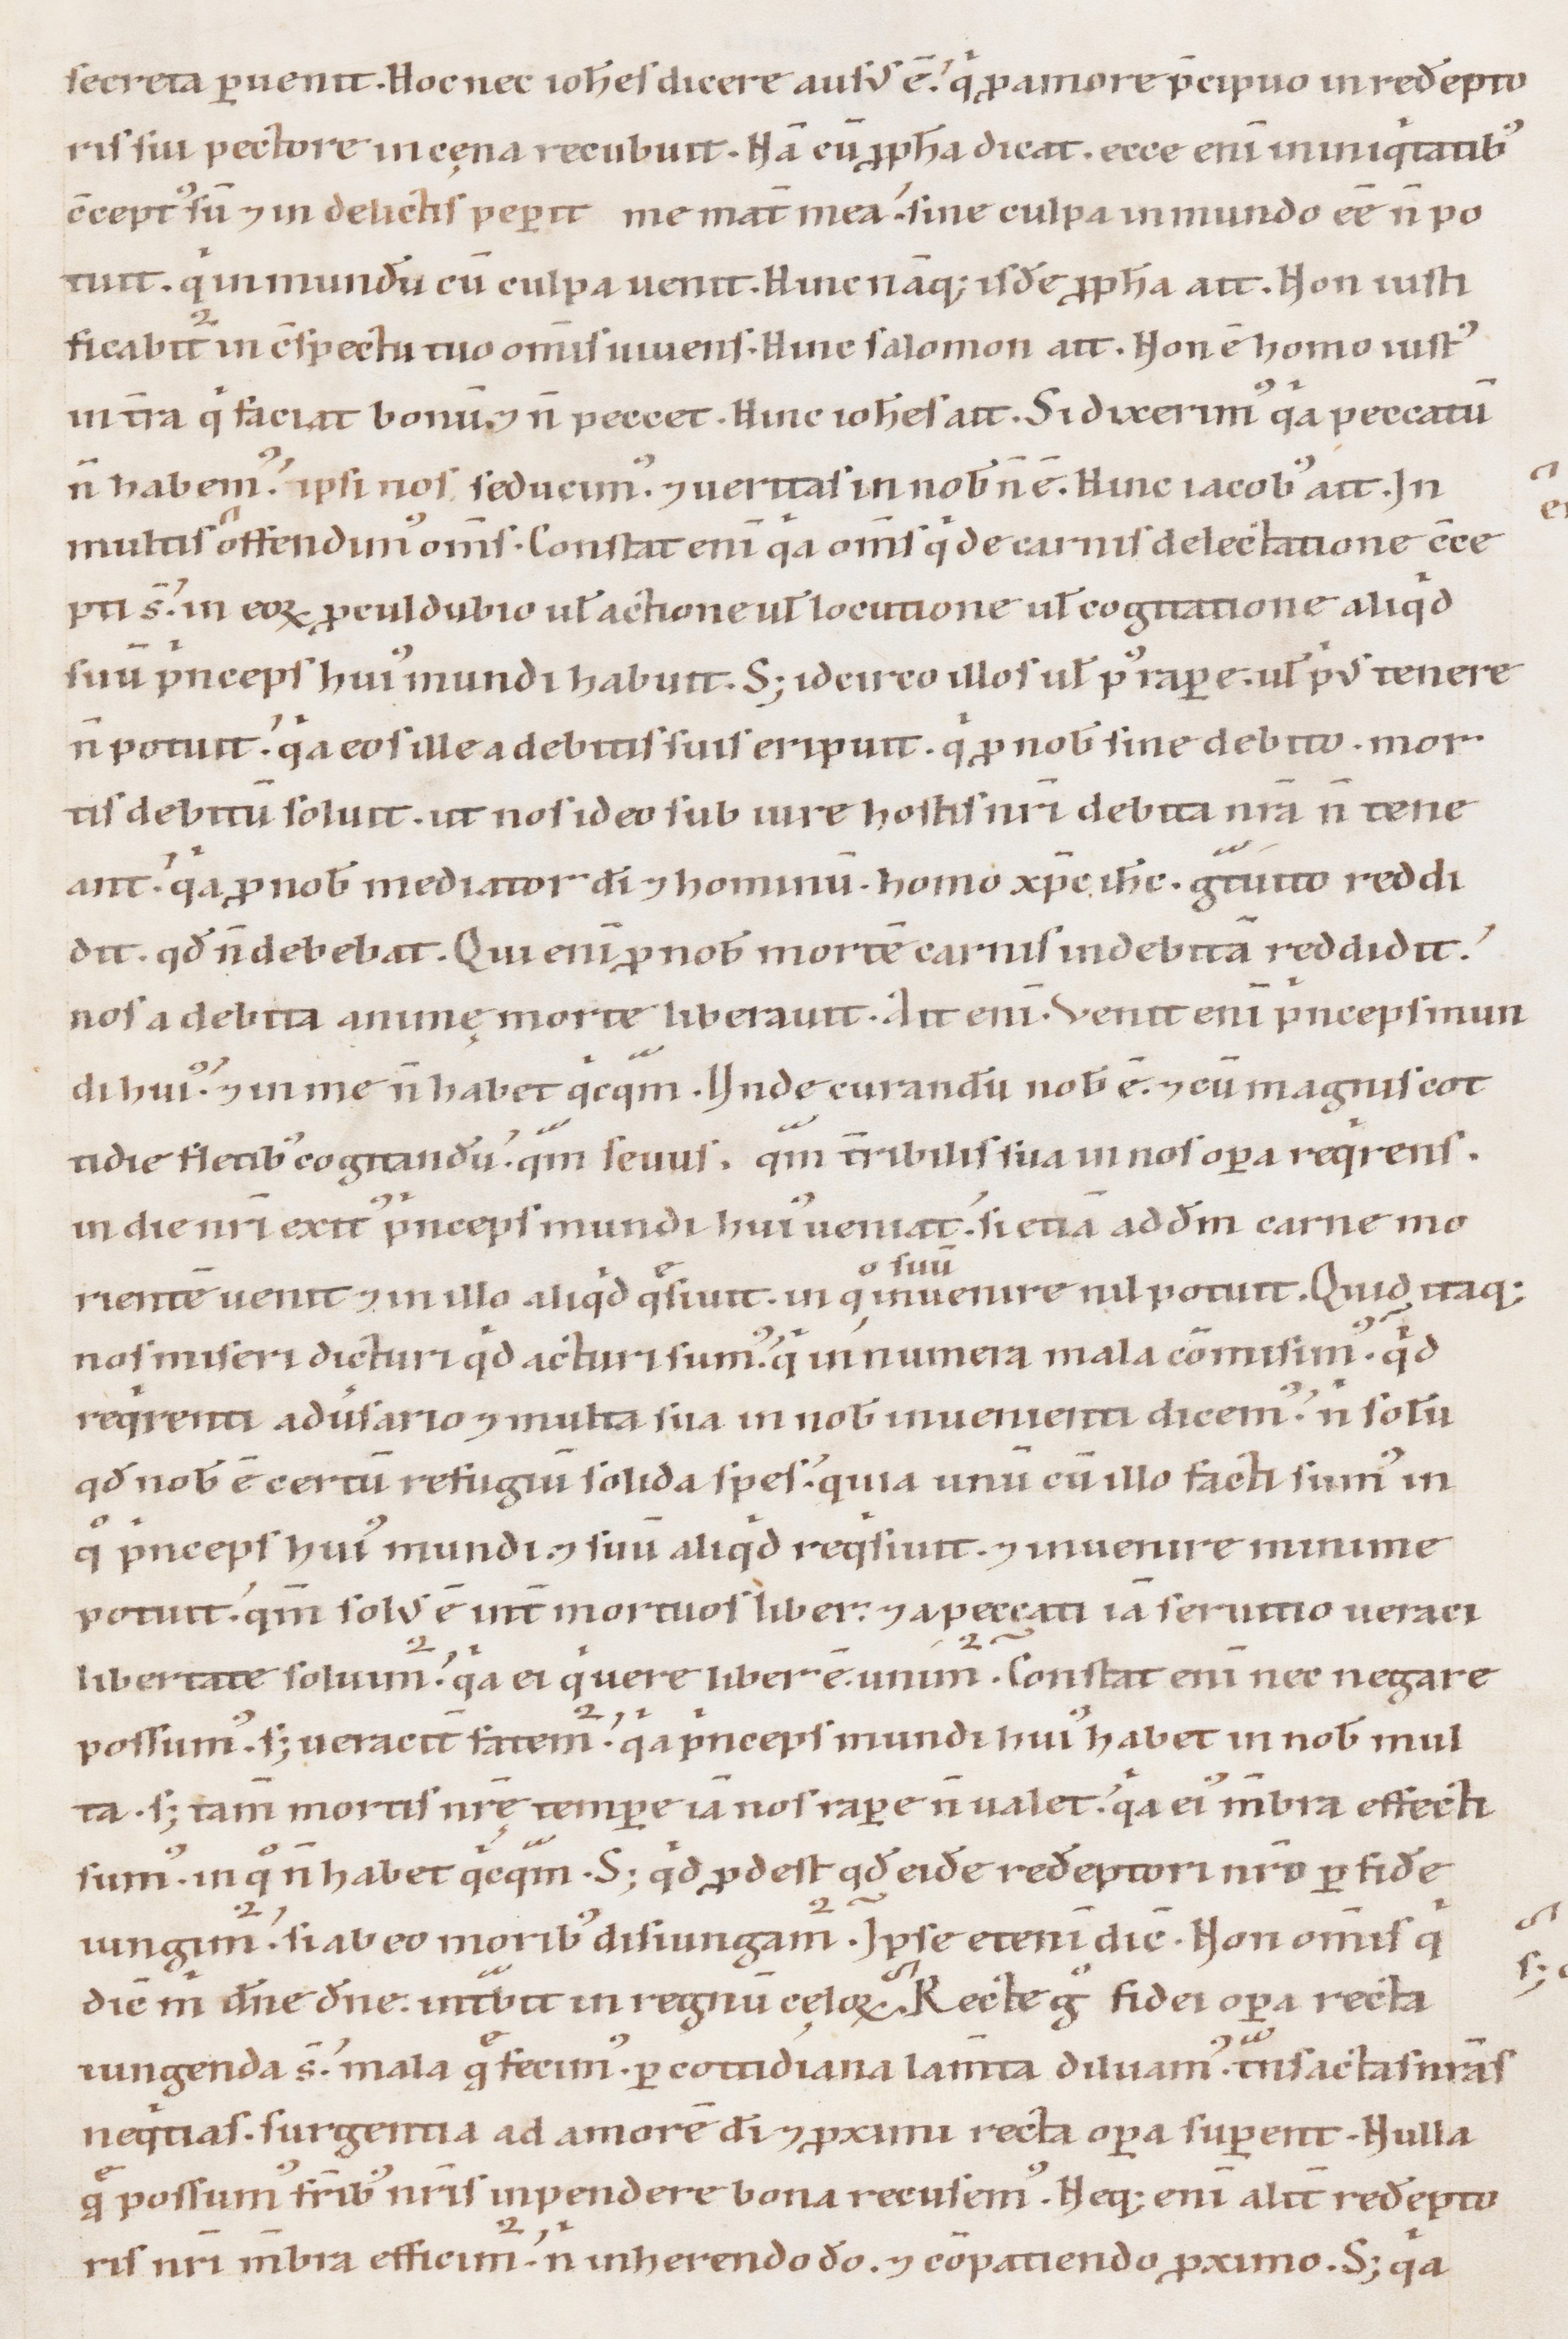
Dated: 1147–1178